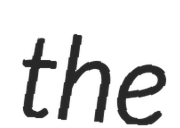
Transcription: the